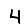
Digit: 4